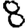
Digit: 8